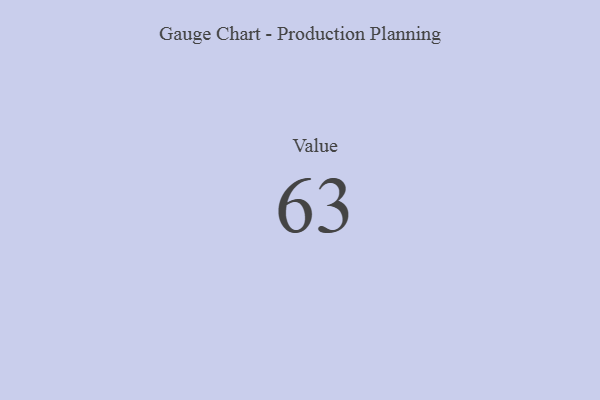
{"axis": {"x": "Metric", "y": "Value"}, "legend": [""], "data": [{"x": "Value", "y": 63, "type": ""}]}